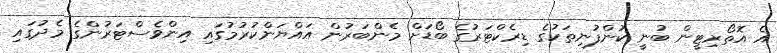
އެ އޮތޯރިޓީން ބުނީ ކުންފުނިތަކުގެ ޑިރެކްޓަރުގެ ބޯޑަށް މެންބަރުން އައްޔަންކުރުމުގައި އިންވެސްޓަރުންގެ މެދުގައި